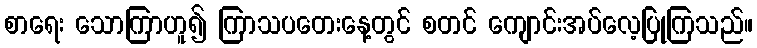
စာရေး သောကြာဟူ၍ ကြာသပတေးနေ့တွင် စတင် ကျောင်းအပ်လေ့ပြုကြသည်။